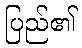
ပြည်၏